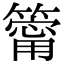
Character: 𥳥